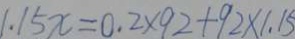
1 . 1 5 x = 0 . 2 \times 9 2 + 9 2 \times 1 . 1 5